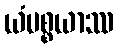
ယံပစ္စယာဿ